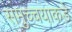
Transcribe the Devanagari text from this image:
समुच्चयाकडे